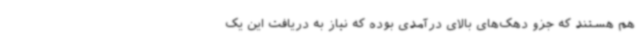
هم هستند که جزو دهک‌های بالای درآمدی بوده که نیاز به دریافت این یک